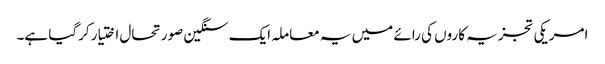
امریکی تجزیہ کاروں کی رائے میں یہ معاملہ ایک سنگین صورتحال اختیار کرگیا ہے۔